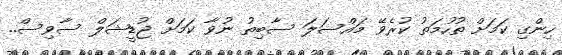
ހިންގި ކަމަށް ތުހުމަތު ކުރެވޭ މައްސަލަ ސާބިތު ނުވާ ކަމަށް ޖުޑީޝަލް ސާވިސް..